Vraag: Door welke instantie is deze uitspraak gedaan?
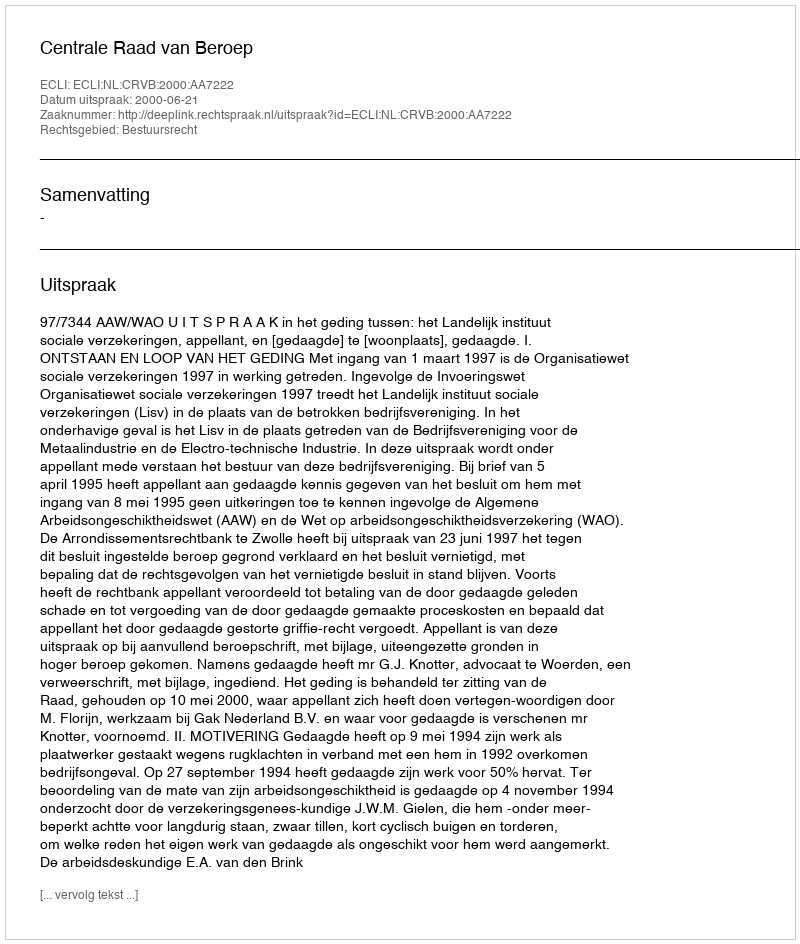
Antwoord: Centrale Raad van Beroep